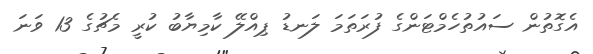
އެގޮތުން ސައުތުހެމްޓަންގެ ފުރަތަމަ ލަނޑު ޕިއްލޭ ކާމިޔާބު ކުރީ މެޗުގެ 13 ވަނަ